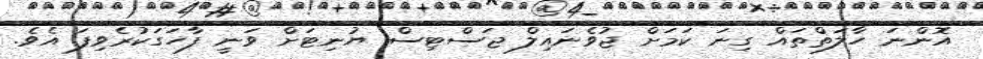
އޮންނަ ހާލަތްތައް ގިނަ ކަމަށް ޖުވެނައިލް ޖަސްޓިސް ޔުނިޓަށް ވަނީ ފާހަގަކުރެވިފަ އެވެ.